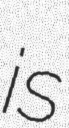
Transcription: is